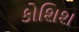
કોશિશ